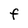
Character: F